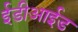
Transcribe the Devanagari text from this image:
ईडीआईड